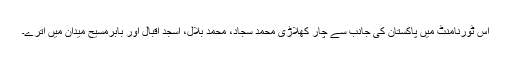
اس ٹورنامنٹ میں پاکستان کی جانب سے چار کھلاڑی محمد سجاد، محمد بلال، اسجد اقبال اور بابرمسیح میدان میں اترے۔